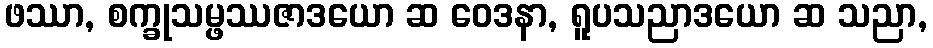
ဖဿာ, စက္ခုသမ္ဖဿဇာဒယော ဆ ဝေဒနာ, ရူပသညာဒယော ဆ သညာ,